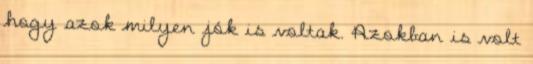
hogy azok milyen jók is voltak. Azokban is volt